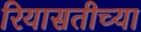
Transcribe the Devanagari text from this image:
रियासतीच्या